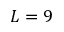
L = 9